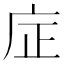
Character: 𪪎